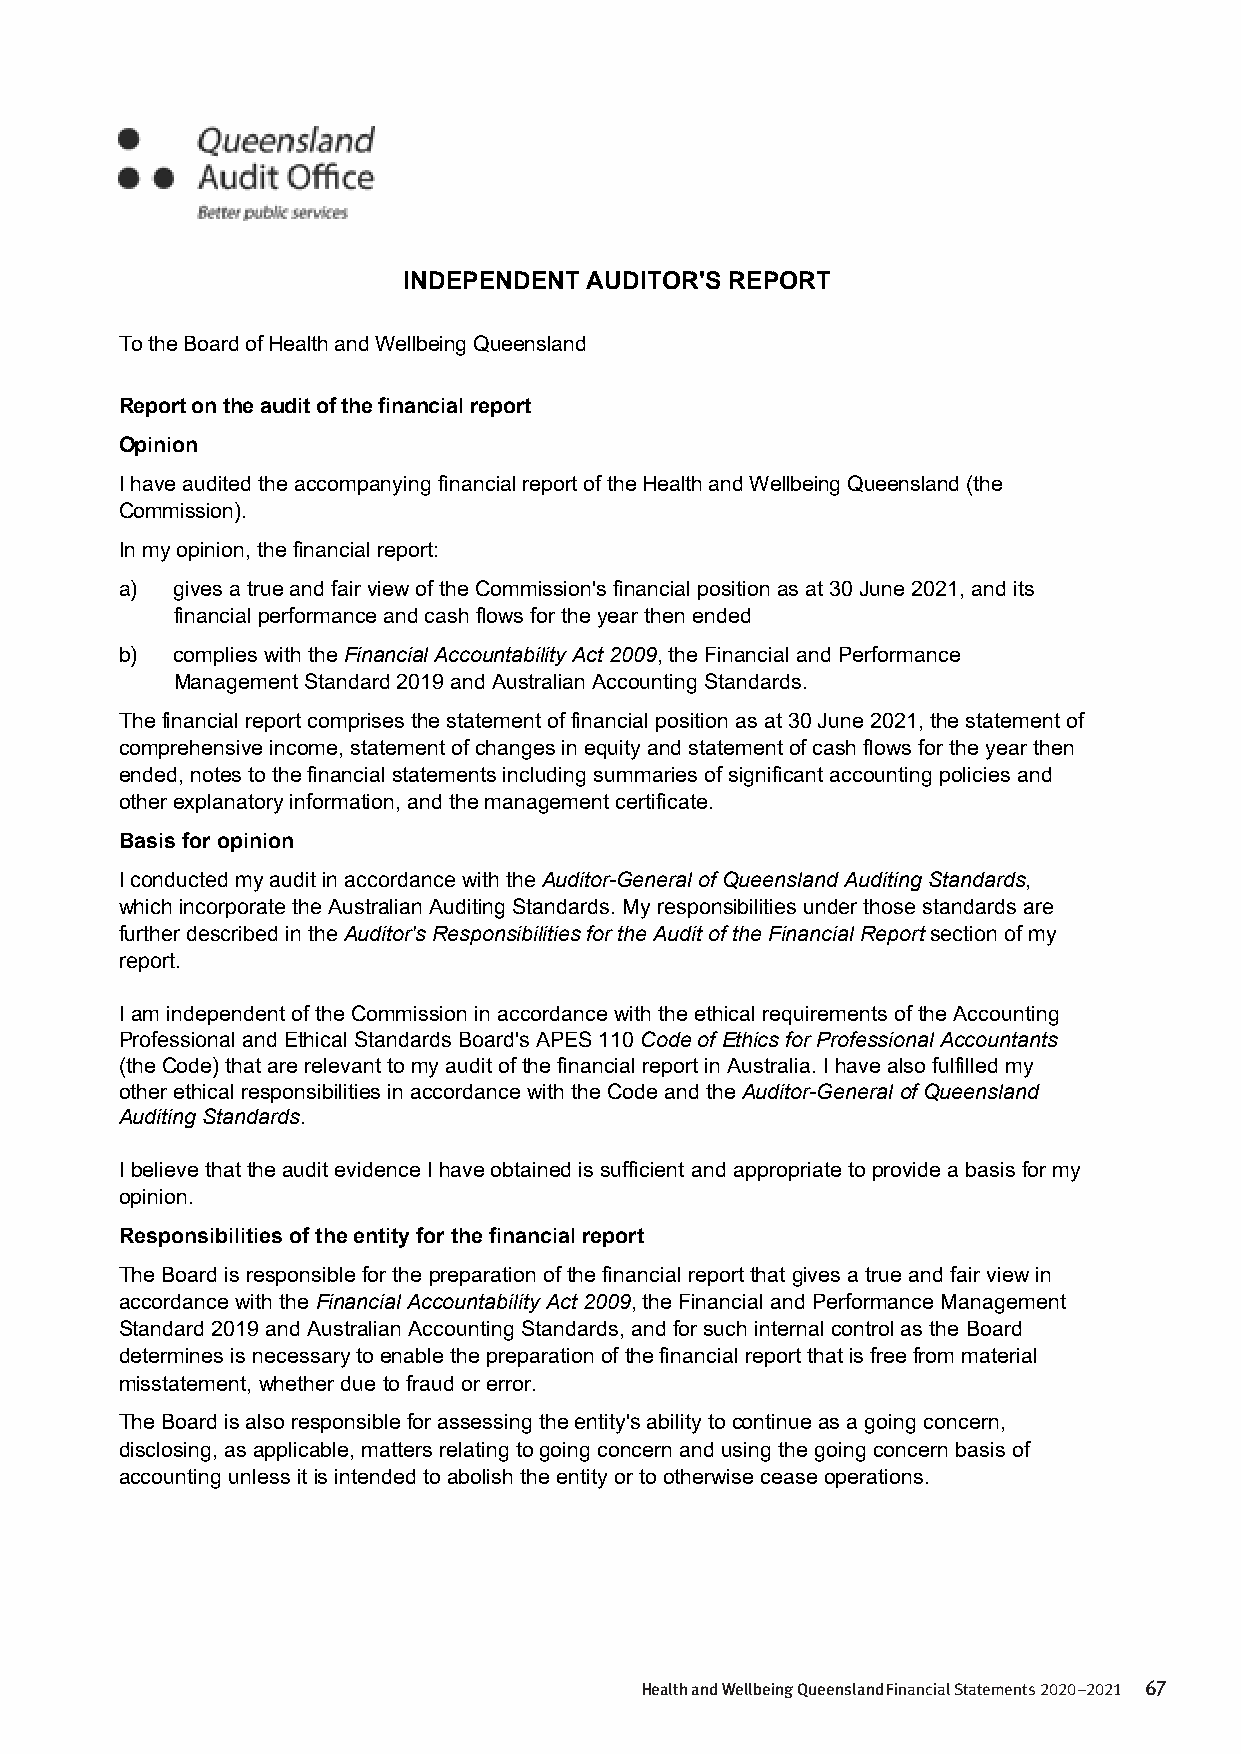
INDEPENDENT AUDITOR'S REPORT
 To the Board of Health and Wellbeing Queensland
 Report on the audit of the financial report
 Opinion
 I have audited the accompanying financial report of the Health and Wellbeing Queensland (the
 Commission).
 In my opinion, the financial report:
 a) gives a true and fair view of the Commission's financial position as at 30 June 2021, and its
 financial performance and cash flows for the year then ended
 b) complies with the Financial Accountability Act 2009, the Financial and Performance
 Management Standard 2019 and Australian Accounting Standards.
 The financial report comprises the statement of financial position as at 30 June 2021, the statement of
 comprehensive income, statement of changes in equity and statement of cash flows for the year then
 ended, notes to the financial statements including summaries of significant accounting policies and
 other explanatory information, and the management certificate.
 Basis for opinion
 I conducted my audit in accordance with the Auditor-General of Queensland Auditing Standards,
 which incorporate the Australian Auditing Standards. My responsibilities under those standards are
 further described in the Auditor's Responsibilities for the Audit of the Financial Report section of my
 report.
 I am independent of the Commission in accordance with the ethical requirements of the Accounting
 Professional and Ethical Standards Board's APES 110 Code of Ethics for Professional Accountants
 (the Code) that are relevant to my audit of the financial report in Australia. I have also fulfilled my
 other ethical responsibilities in accordance with the Code and the Auditor-General of Queensland
 Auditing Standards.
 I believe that the audit evidence I have obtained is sufficient and appropriate to provide a basis for my
 opinion.
 Responsibilities of the entity for the financial report
 The Board is responsible for the preparation of the financial report that gives a true and fair view in
 accordance with the Financial Accountability Act 2009, the Financial and Performance Management
 Standard 2019 and Australian Accounting Standards, and for such internal control as the Board
 determines is necessary to enable the preparation of the financial report that is free from material
 misstatement, whether due to fraud or error.
 The Board is also responsible for assessing the entity's ability to continue as a going concern,
 disclosing, as applicable, matters relating to going concern and using the going concern basis of
 accounting unless it is intended to abolish the entity or to otherwise cease operations.
 Health and Wellbeing Queensland Financial Statements 2020–2021 67